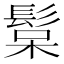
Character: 𩭚